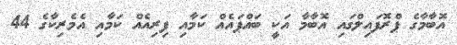
އޮބާމާގެ ޕްރޮފައިލްގައި އޮބާމާ އަކީ ބައްޕައެއް ކަމާއި ފިރިއެއް ކަމާއި އެމެރިކާގެ 44